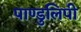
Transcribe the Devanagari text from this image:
पाण्डुलिपी